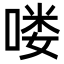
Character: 喽